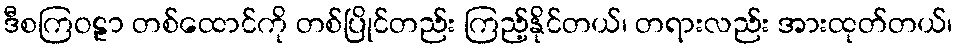
ဒီစကြဝဠာ တစ်ထောင်ကို တစ်ပြိုင်တည်း ကြည့်နိုင်တယ်၊ တရားလည်း အားထုတ်တယ်၊